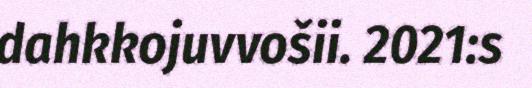
dahkkojuvvošii. 2021:s